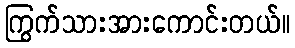
ကြွက်သားအားကောင်းတယ်။